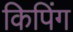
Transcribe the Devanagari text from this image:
किपिंग